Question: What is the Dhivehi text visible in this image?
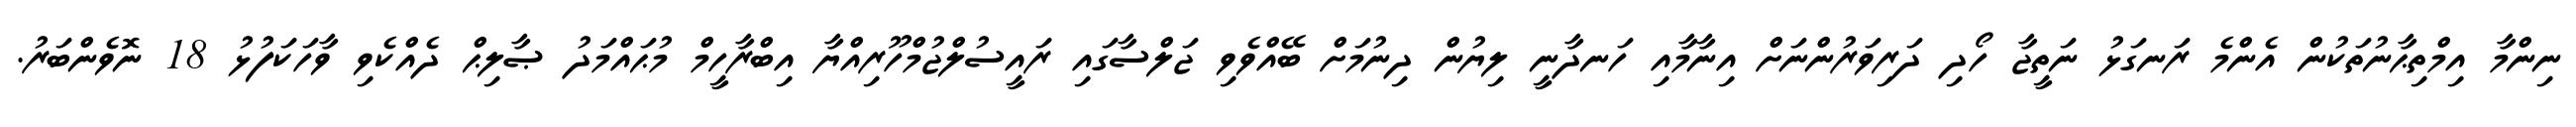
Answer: ނިންމާ އިމްތިޙާނުތަކުން އެންމެ ރަނގަޅު ނަތީޖާ ހޯދި ދަރިވަރުންނަށް އިނާމާއި ހަނދާނީ ލިޔުން ދިނުމަށް ބޭއްވެވި ޖަލްސާގައި ރައީސުލްޖުމްހޫރިއްޔާ އިބްރާހީމް މުޙައްމަދު ޞާލިޙް ދެއްކެވި ވާހަކަފުޅު 18 ނޮވެންބަރު.